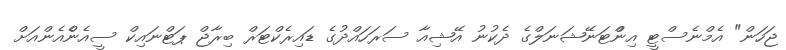
ޖަހަން" އެމްނެސްޓީ އިންްޓަނޭޝަނަލްގެ ދެކުނު އޭޝިއާ ސަރަހައްދުގެ ޑައިރެކްޓަރް ބިރާޖް ޕަޓްނައިކް ސީއެންެއެންއަށް